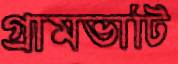
গ্রামভাটি